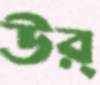
উর্